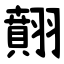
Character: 翸